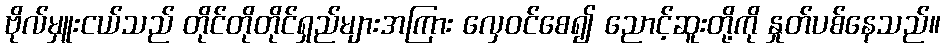
ဗိုလ်မှူးငယ်သည် တိုင်တိုတိုင်ရှည်များအကြား လှေဝင်စေ၍ ညောင့်ဆူးတို့ကို နှုတ်ပစ်နေသည်။